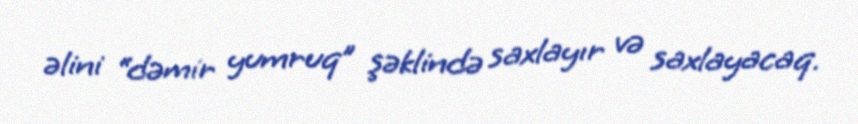
əlini “dəmir yumruq” şəklində saxlayır və saxlayacaq.